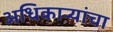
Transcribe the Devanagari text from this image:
अधिकार्‍यांचा